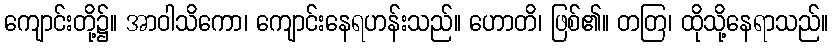
ကျောင်းတို့၌။ အာဝါသိကော၊ ကျောင်းနေရဟန်းသည်။ ဟောတိ၊ ဖြစ်၏။ တတြ၊ ထိုသို့နေရာသည်။